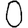
Digit: 0